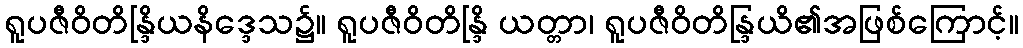
ရူပဇီဝိတိန္ဒြိယနိဒ္ဒေသ၌။ ရူပဇီဝိတိန္ဒြိ ယတ္တာ၊ ရူပဇီဝိတိန္ဒြယိ၏အဖြစ်ကြောင့်။